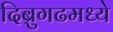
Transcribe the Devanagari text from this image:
दिब्रुगढमध्ये